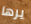
يرها